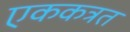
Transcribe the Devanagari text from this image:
एककत्रत